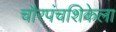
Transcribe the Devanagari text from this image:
चौरपंचशिकेला